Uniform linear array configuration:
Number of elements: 24
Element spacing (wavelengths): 0.75
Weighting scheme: hamming
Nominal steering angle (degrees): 0
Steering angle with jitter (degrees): -0.2534
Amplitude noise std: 0.05
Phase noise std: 0.05

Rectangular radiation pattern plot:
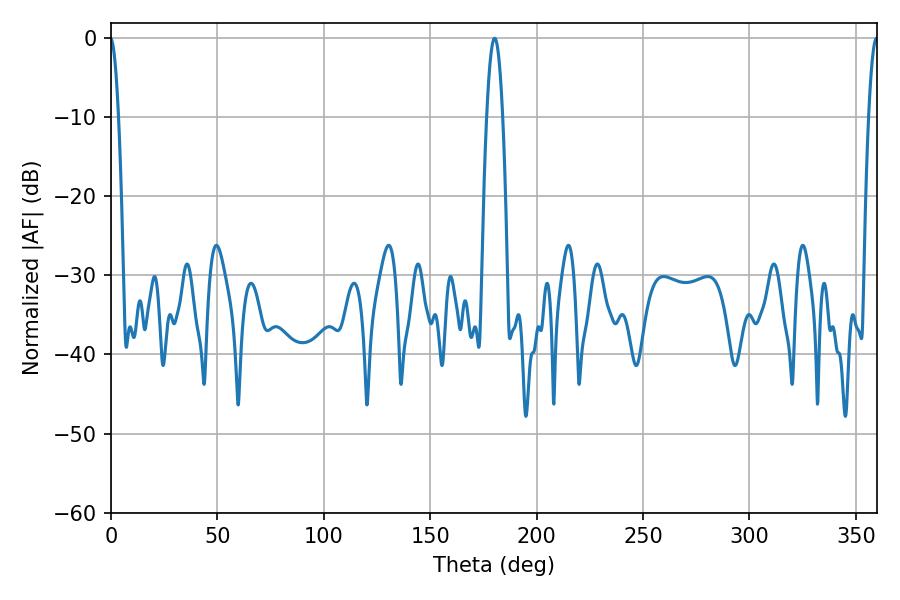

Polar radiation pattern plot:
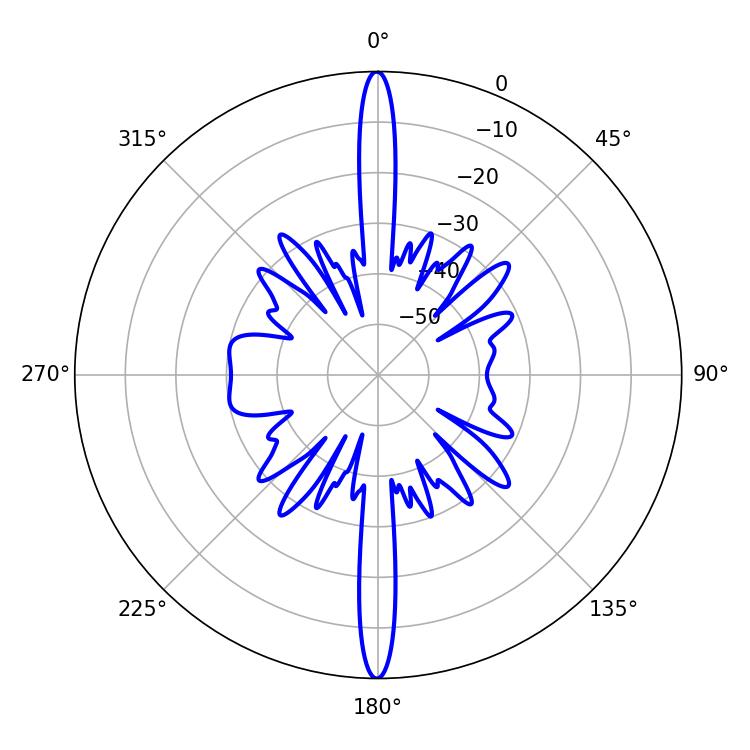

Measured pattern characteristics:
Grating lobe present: TRUE
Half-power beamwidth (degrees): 4.14
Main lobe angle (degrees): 180.18